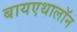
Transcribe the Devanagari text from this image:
बायएथालॉन